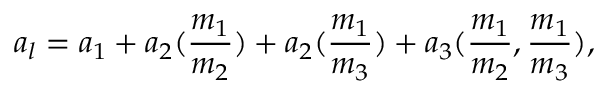
a _ { l } = a _ { 1 } + a _ { 2 } ( \frac { m _ { 1 } } { m _ { 2 } } ) + a _ { 2 } ( \frac { m _ { 1 } } { m _ { 3 } } ) + a _ { 3 } ( \frac { m _ { 1 } } { m _ { 2 } } , \frac { m _ { 1 } } { m _ { 3 } } ) ,